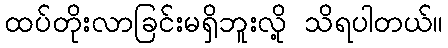
ထပ်တိုးလာခြင်းမရှိဘူးလို့ သိရပါတယ်။